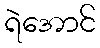
ရဲအောင်